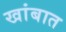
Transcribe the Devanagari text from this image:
खांबात